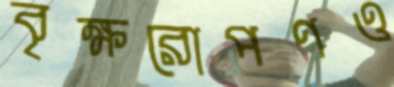
বৃক্ষরোপণও